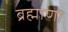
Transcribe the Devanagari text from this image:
ब्रह्माणो